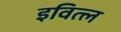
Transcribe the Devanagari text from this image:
इवित्ल